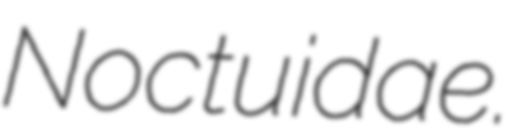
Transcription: Noctuidae.